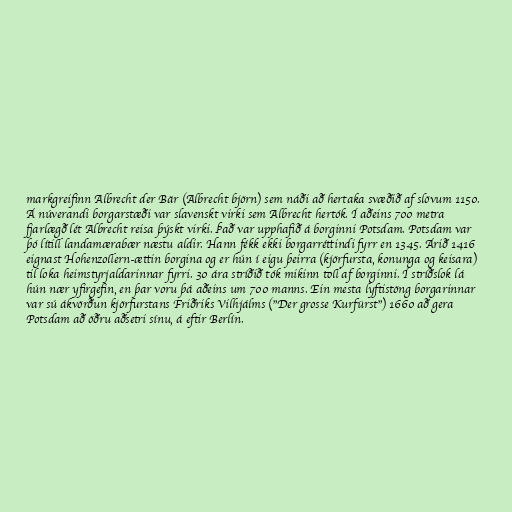
markgreifinn Albrecht der Bär (Albrecht björn) sem náði að hertaka svæðið af slövum 1150.
Á núverandi borgarstæði var slavenskt virki sem Albrecht hertók. Í aðeins 700 metra
fjarlægð lét Albrecht reisa þýskt virki. Það var upphafið á borginni Potsdam. Potsdam var
þó lítill landamærabær næstu aldir. Hann fékk ekki borgarréttindi fyrr en 1345. Árið 1416
eignast Hohenzollern-ættin borgina og er hún í eigu þeirra (kjörfursta, konunga og keisara)
til loka heimstyrjaldarinnar fyrri. 30 ára stríðið tók mikinn toll af borginni. Í stríðslok lá
hún nær yfirgefin, en þar voru þá aðeins um 700 manns. Ein mesta lyftistöng borgarinnar
var sú ákvörðun kjörfurstans Friðriks Vilhjálms ("Der grosse Kurfürst") 1660 að gera
Potsdam að öðru aðsetri sínu, á eftir Berlín.